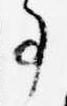
事